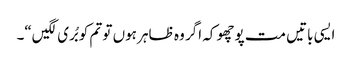
ایسی باتیں مت پوچھو کہ اگر وہ ظاہر ہوں تو تم کو بُری لگیں“۔